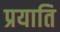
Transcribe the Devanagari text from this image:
प्रयाति